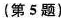
(第5题)